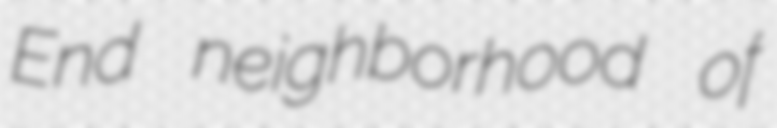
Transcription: End neighborhood of